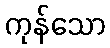
ကုန်သော